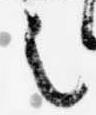
之